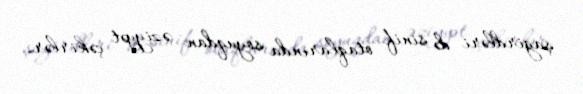
şagirdləri də sinif otaqlarında soyuqdan əziyyət çəkirlər.